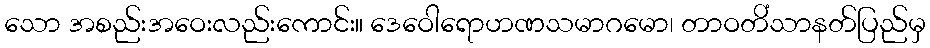
သော အစည်းအဝေးလည်းကောင်း။ ဒေဝေါရောဟဏသမာဂမော၊ တာဝတိံသာနတ်ပြည်မှ